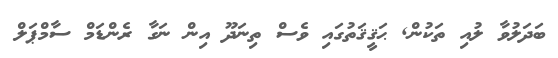
ބަދަލުވާ ލުއި ތަކުން